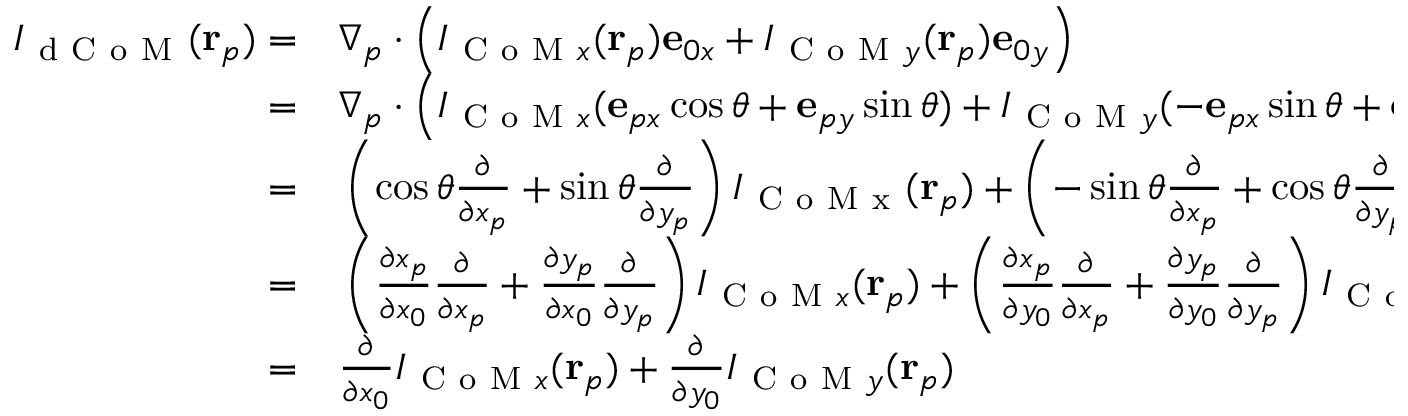
\begin{array} { r l } { I _ { \mathrm { ~ d ~ C ~ o ~ M ~ } } ( \mathbf { r } _ { p } ) = } & { { } \nabla _ { p } \cdot \left( I _ { \mathrm { ~ C ~ o ~ M ~ } x } ( \mathbf { r } _ { p } ) \mathbf { e } _ { 0 x } + I _ { \mathrm { ~ C ~ o ~ M ~ } y } ( \mathbf { r } _ { p } ) \mathbf { e } _ { 0 y } \right) } \\ { = } & { { } \nabla _ { p } \cdot \left( I _ { \mathrm { ~ C ~ o ~ M ~ } x } ( \mathbf { e } _ { p x } \cos \theta + \mathbf { e } _ { p y } \sin \theta ) + I _ { \mathrm { ~ C ~ o ~ M ~ } y } ( - \mathbf { e } _ { p x } \sin \theta + \mathbf { e } _ { p y } \cos \theta ) \right) } \\ { = } & { { } \left( \cos \theta \frac { \partial } { \partial x _ { p } } + \sin \theta \frac { \partial } { \partial y _ { p } } \right) I _ { \mathrm { ~ C ~ o ~ M ~ x ~ } } ( \mathbf { r } _ { p } ) + \left( - \sin \theta \frac { \partial } { \partial x _ { p } } + \cos \theta \frac { \partial } { \partial y _ { p } } \right) I _ { \mathrm { ~ C ~ o ~ M ~ y ~ } } ( \mathbf { r } _ { p } ) } \\ { = } & { { } \left( \frac { \partial x _ { p } } { \partial x _ { 0 } } \frac { \partial } { \partial x _ { p } } + \frac { \partial y _ { p } } { \partial x _ { 0 } } \frac { \partial } { \partial y _ { p } } \right) I _ { \mathrm { ~ C ~ o ~ M ~ } x } ( \mathbf { r } _ { p } ) + \left( \frac { \partial x _ { p } } { \partial y _ { 0 } } \frac { \partial } { \partial x _ { p } } + \frac { \partial y _ { p } } { \partial y _ { 0 } } \frac { \partial } { \partial y _ { p } } \right) I _ { \mathrm { ~ C ~ o ~ M ~ } y } ( \mathbf { r } _ { p } ) } \\ { = } & { { } \frac { \partial } { \partial x _ { 0 } } I _ { \mathrm { ~ C ~ o ~ M ~ } x } ( \mathbf { r } _ { p } ) + \frac { \partial } { \partial y _ { 0 } } I _ { \mathrm { ~ C ~ o ~ M ~ } y } ( \mathbf { r } _ { p } ) } \end{array}